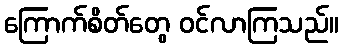
ကြောက်စိတ်တွေ ဝင်လာကြသည်။